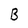
Character: B